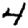
Digit: 4